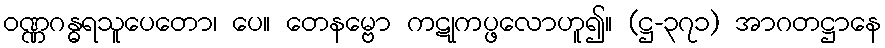
ဝဏ္ဏဂန္ဓရသူပေတော၊ ပေ။ တေနမ္ဗော ကဋုကပ္ဖလောဟူ၍။ (ဋ္ဌ-၃၇၁) အာဂတဋ္ဌာနေ